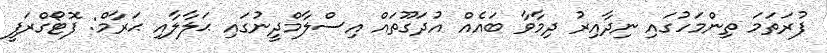
ފުރަތަމަ ތިންމަހުގައި ނިދާއިރު ދިމާވާ ބައެއް އުދަގޫތައް އިސްލާމްދީނުގައި ޙަލާލާއި ޙަރާމް: ފޮޓޯގްރަފީ